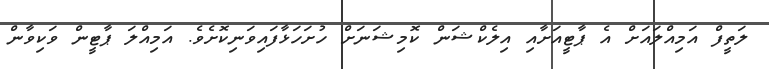
ލަތީފް އަމިއްލައަށް އެ ޕާޓީއަށާއި އިލެކްޝަން ކޮމިޝަނަށް ހުށަހަޅާފައިވަނިކޮށެވެ. އަމިއްލަ ޕާޓީން ވަކިވާން